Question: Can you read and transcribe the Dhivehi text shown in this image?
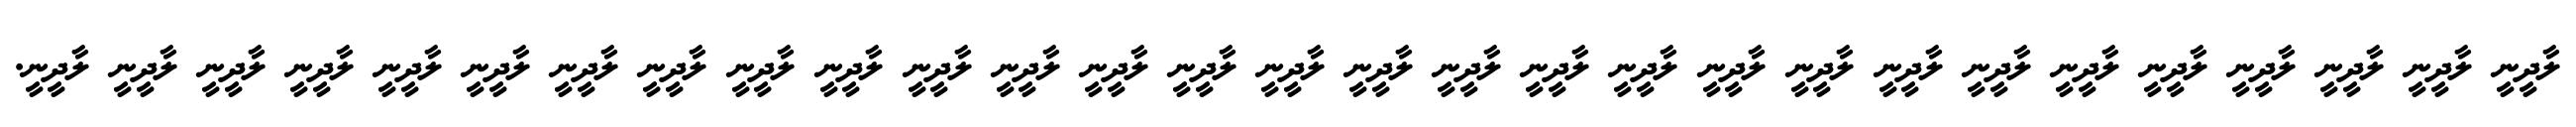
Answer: ލާދީނީ ލާދީނީ ލާދީނީ ލާދީނީ ލާދީނީ ލާދީނީ ލާދީނީ ލާދީނީ ލާދީނީ ލާދީނީ ލާދީނީ ލާދީނީ ލާދީނީ ލާދީނީ ލާދީނީ ލާދީނީ ލާދީނީ ލާދީނީ ލާދީނީ ލާދީނީ ލާދީނީ ލާދީނީ ލާދީނީ ލާދީނީ ލާދީނީ ލާދީނީ ލާދީނީ ލާދީނީ ލާދީނީ.